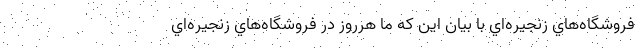
فروشگاه‌هاي زنجيره‌اي با بيان اين كه ما هرروز در فروشگاه‌هاي زنجيره‌اي